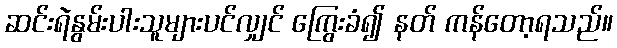
ဆင်းရဲနွမ်းပါးသူများပင်လျှင် ကြွေးခံ၍ နတ် ကန်တော့ရသည်။